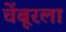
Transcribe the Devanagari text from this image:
चेंबूरला